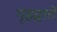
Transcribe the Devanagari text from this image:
गृहद्वारों